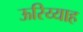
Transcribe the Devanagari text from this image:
ऊरिय्याह